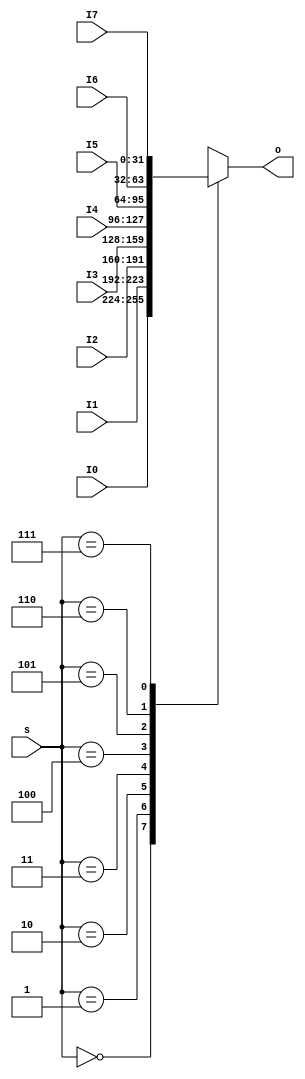
module MUX8T1_32(
    input [31:0] I0,
    input [31:0] I1,
    input [31:0] I2,
    input [31:0] I3,
    input [31:0] I4,
    input [31:0] I5,
    input [31:0] I6,
    input [31:0] I7,
    input [2:0] s,
    output reg [31:0] o
);
    always@(*) begin
        case(s)
            3'b000: o=I0;
            3'b001: o=I1;
            3'b010: o=I2;
            3'b011: o=I3;
            3'b100: o=I4;
            3'b101: o=I5;
            3'b110: o=I6;
            3'b111: o=I7;
        endcase
    end
endmodule